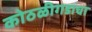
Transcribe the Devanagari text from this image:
कोठळीगडाचा